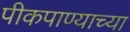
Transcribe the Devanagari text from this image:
पीकपाण्याच्या